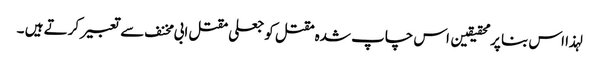
لہذا اس بنا پر محقیقین اس چاپ شدہ مقتل کو جعلی مقتل ابی مخنف سے تعبیر کرتے ہیں ۔